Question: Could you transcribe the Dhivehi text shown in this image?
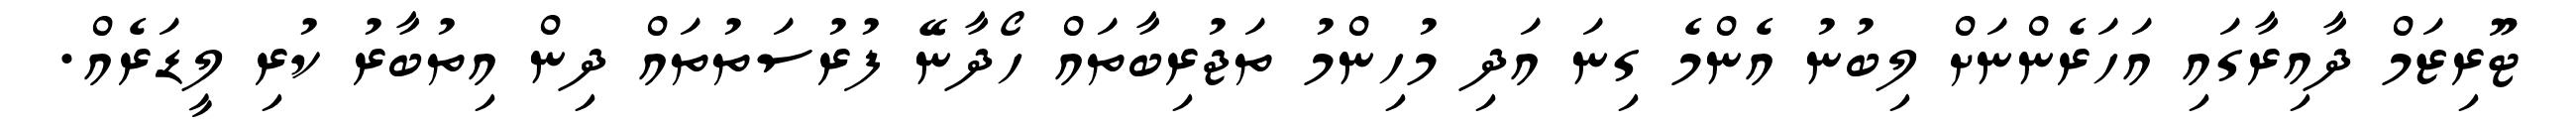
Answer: ޓޫރިޒަމް ދާއިރާގައި އަހަރެންނަށް ލިބުނު އެންމެ ގިނަ އަދި މުހިންމު ތަޖުރިބާތައް ހޯދާނޭ ފުރުސަތުތައް ދިން އިތުބާރު ކުރި ލީޑަރެއް.